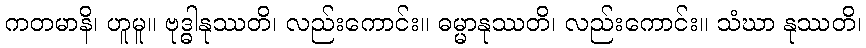
ကတမာနိ၊ ဟူမူ။ ဗုဒ္ဓါနုဿတိ၊ လည်းကောင်း။ ဓမ္မာနုဿတိ၊ လည်းကောင်း။ သံဃာ နုဿတိ၊